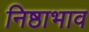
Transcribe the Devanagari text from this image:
निष्ठाभाव